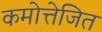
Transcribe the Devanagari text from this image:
कमोत्तेजित